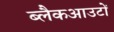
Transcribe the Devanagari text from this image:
ब्लैकआउटों